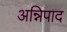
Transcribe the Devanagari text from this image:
अन्निपाद